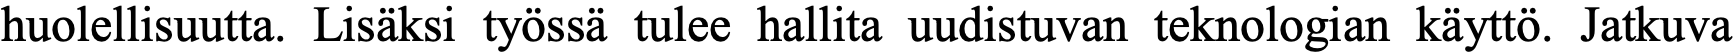
huolellisuutta. Lisäksi työssä tulee hallita uudistuvan teknologian käyttö. Jatkuva